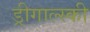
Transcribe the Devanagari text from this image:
ड्रीगाल्स्की